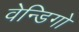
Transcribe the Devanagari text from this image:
वेन्डिगो